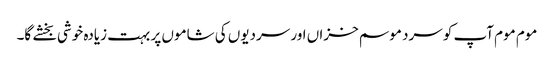
موم موم آپ کو سرد موسم خزاں اور سردیوں کی شاموں پر بہت زیادہ خوشی بخشے گا۔